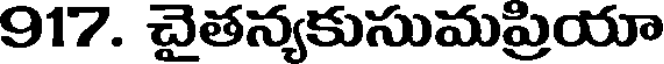
917. చైతన్యకుసుమప్రియా